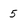
Character: 5